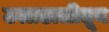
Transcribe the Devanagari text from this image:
उलाढालीतून